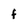
Character: f